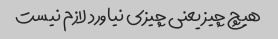
هیچ چیز یعنی چیزی نیاورد لازم نیست